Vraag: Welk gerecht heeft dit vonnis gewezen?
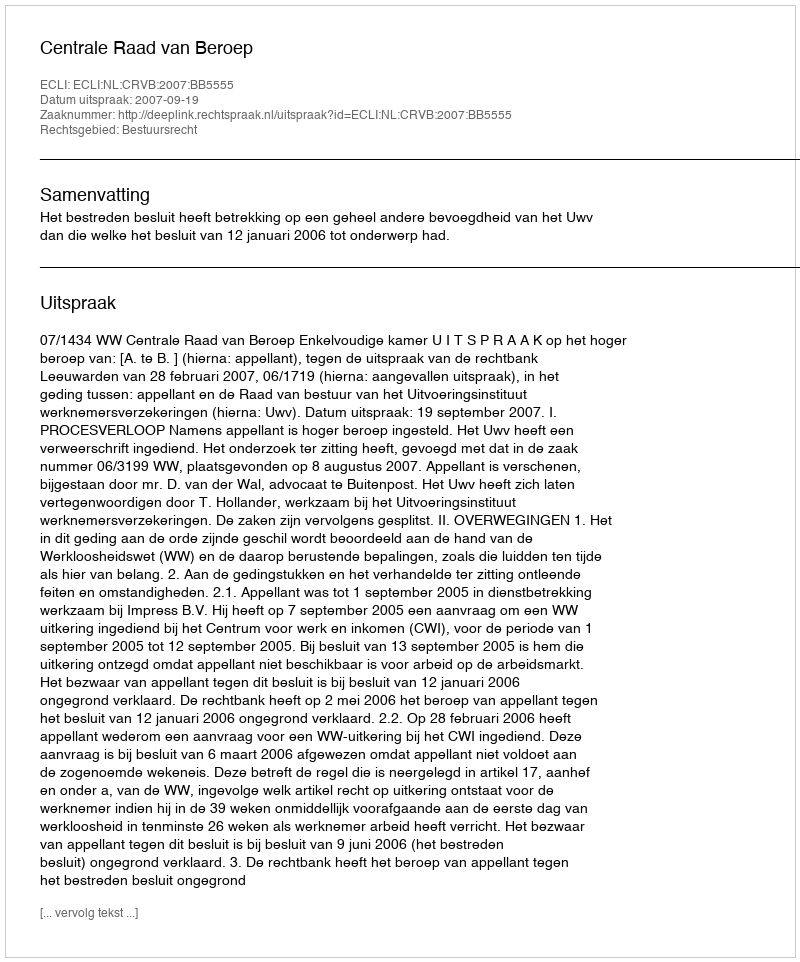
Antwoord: Centrale Raad van Beroep